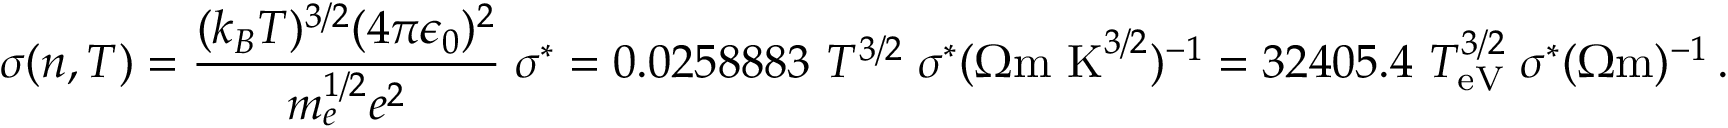
\sigma ( n , T ) = \frac { ( k _ { B } T ) ^ { 3 / 2 } ( 4 \pi \epsilon _ { 0 } ) ^ { 2 } } { m _ { e } ^ { 1 / 2 } e ^ { 2 } } \; \sigma ^ { * } = 0 . 0 2 5 8 8 8 3 \, \, T ^ { 3 / 2 } \; \sigma ^ { * } ( \Omega \mathrm { m \, \, K } ^ { 3 / 2 } ) ^ { - 1 } = 3 2 4 0 5 . 4 \, \, T _ { \mathrm { e V } } ^ { 3 / 2 } \; \sigma ^ { * } ( \Omega \mathrm { m } ) ^ { - 1 } \, .